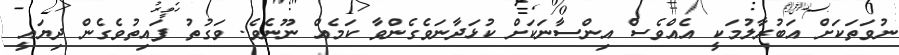
ނުވަތަކަށް އަބުރާލުމަކީ އެއްވެސް އިންސާނަކަށް ކުޅަދާނަވެގެންވާ ކަމެއް ނޫނެވެ. ވަގުތު ފައިތުވެގެން ދިޔައީ